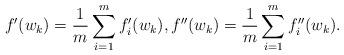
LaTeX: \begin{align*} f'(w_k) = \frac{1}{m}\sum_{i=1}^m f'_i(w_k) , f''(w_k) = \frac{1}{m}\sum_{i=1}^m f''_i(w_k) .\end{align*}